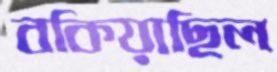
বকিয়াছিল